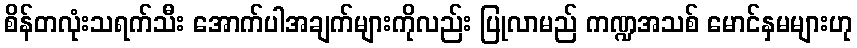
စိန်တလုံးသရက်သီး အောက်ပါအချက်များကိုလည်း ပြုလာမည် ကဏ္ဍအသစ် မောင်နှမများဟု